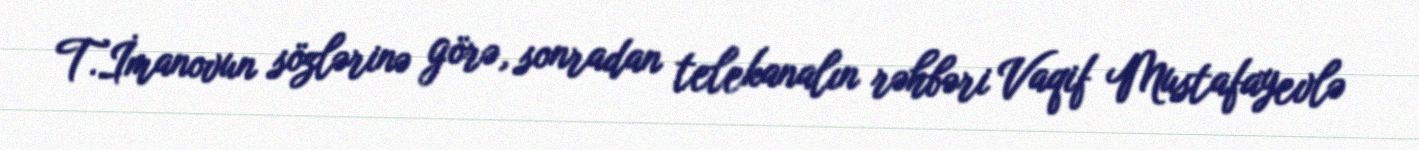
T.İmanovun sözlərinə görə, sonradan telekanalın rəhbəri Vaqif Mustafayevlə